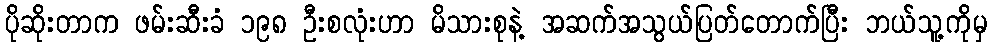
ပိုဆိုးတာက ဖမ်းဆီးခံ ၁၉၈ ဦးစလုံးဟာ မိသားစုနဲ့ အဆက်အသွယ်ပြတ်တောက်ပြီး ဘယ်သူ့ကိုမှ